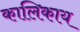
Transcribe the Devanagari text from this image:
कालिकाय